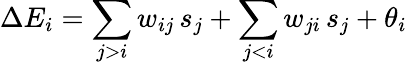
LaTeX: \Delta E_{i}=\sum_{j>i}w_{ij}\, s_{j}+\sum_{j<i}w_{ji}\, s_{j}+\theta_{i}